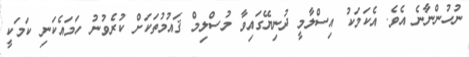
ނުހުންނާނެ އެވެ. އެކަމަކު އިސްލާމީ ދުނިޔޭގައިވާ މުސްލިމް ޤައުމުތަކަށް ކުރެވުނު ހަމައެކަނި ކަމަކީ